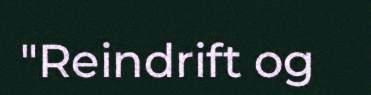
"Reindrift og